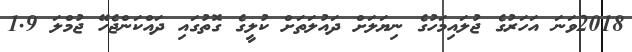
2018ވަނަ އަހަރުގެ ޖުލައިމަހުގެ ނިޔަލަށް ދައުލަތަށް ކުލީގެ ގޮތުގައި ދައްކަންޖެހޭ ޖުމްލަ 1.9